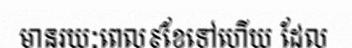
មានរយៈពេល៩ខែទៅហើយ ដែល